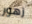
زهور